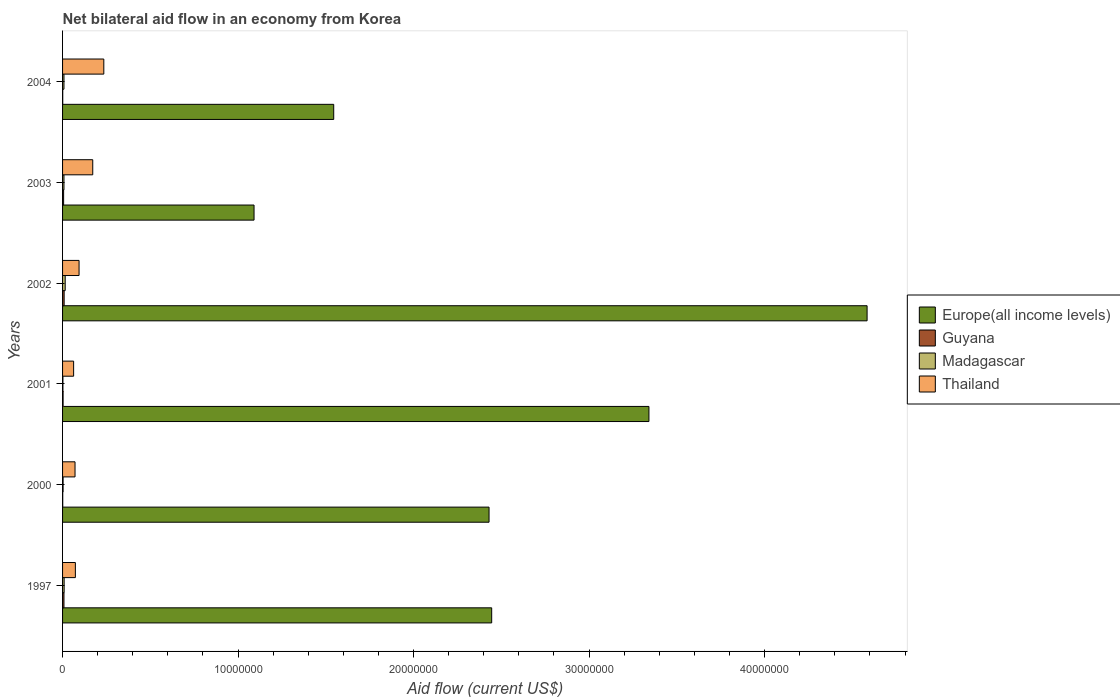
| Years | Europe(all income levels) | Guyana | Madagascar | Thailand |
 | --- | --- | --- | --- | --- |
 | 1997 | 2.44e+07 | 8e+04 | 9e+04 | 7.3e+05 |
 | 2000 | 2.43e+07 | 1e+04 | 3e+04 | 7.1e+05 |
 | 2001 | 3.34e+07 | 3e+04 | 2e+04 | 6.3e+05 |
 | 2002 | 4.58e+07 | 9e+04 | 1.5e+05 | 9.4e+05 |
 | 2003 | 1.09e+07 | 6e+04 | 8e+04 | 1.72e+06 |
 | 2004 | 1.54e+07 | 1e+04 | 8e+04 | 2.35e+06 |